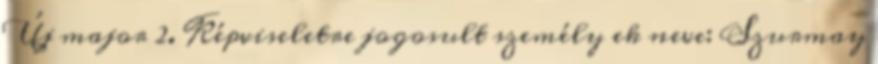
Új major 2. Képviseletre jogosult személy ek neve: Szurmay